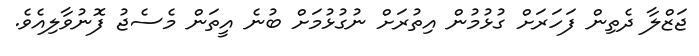
ޖަޒްލާ ދެތިން ފަހަރަށް ގުޅުމުން އިތުރަށް ނުގުޅުމަށް ބުނެ އީތަން މެސެޖު ފޮނުވާލިއެވެ.